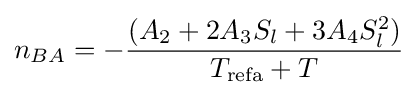
n_{BA}=-{\frac {(A_{2}+2A_{3}S_{l}+3A_{4}S_{l}^{2})}{T_{\text{refa}}+T}}